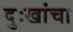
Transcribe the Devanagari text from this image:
दुःखांचा